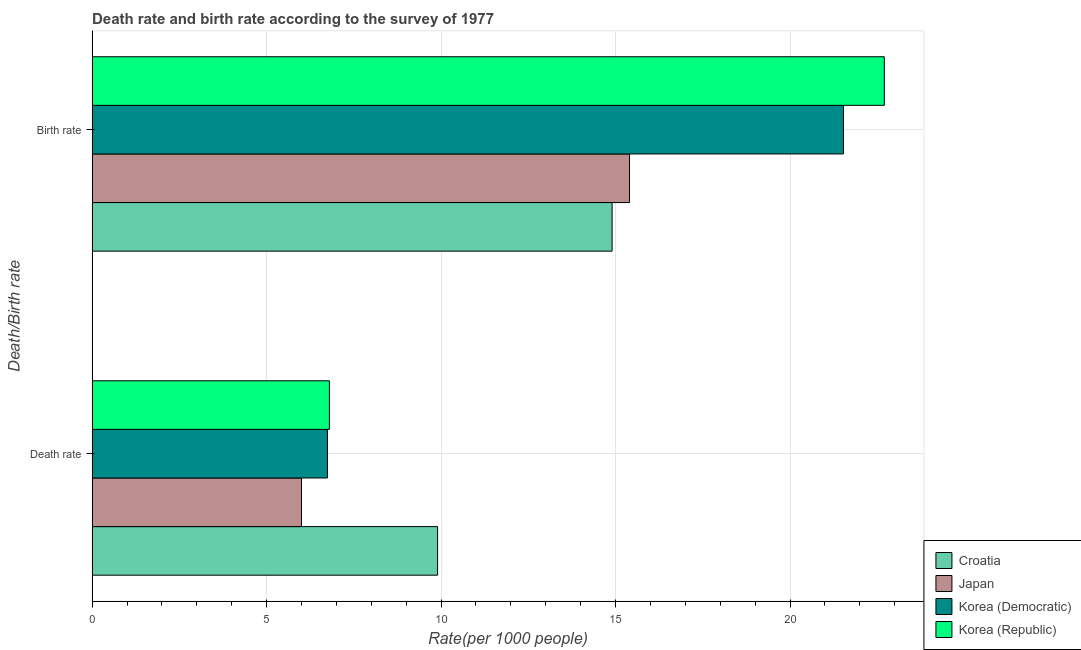
| Death/Birth rate | Croatia | Japan | Korea (Democratic) | Korea (Republic) |
 | --- | --- | --- | --- | --- |
 | Death rate | 9.9 | 6 | 6.74 | 6.8 |
 | Birth rate | 14.9 | 15.4 | 21.5 | 22.7 |